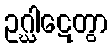
ဥဂ္ဃါဋေတွာ